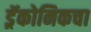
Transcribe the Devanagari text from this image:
ड्रॅकोनिकचा